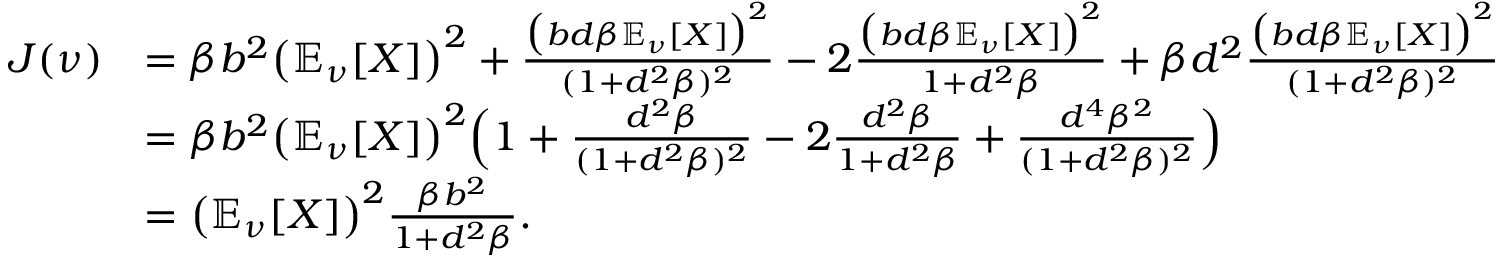
\begin{array} { r l } { J ( \nu ) } & { = \beta b ^ { 2 } \big ( \mathbb { E } _ { \nu } [ X ] \big ) ^ { 2 } + \frac { \big ( b d \beta \mathbb { E } _ { \nu } [ X ] \big ) ^ { 2 } } { ( 1 + d ^ { 2 } \beta ) ^ { 2 } } - 2 \frac { \big ( b d \beta \mathbb { E } _ { \nu } [ X ] \big ) ^ { 2 } } { 1 + d ^ { 2 } \beta } + \beta d ^ { 2 } \frac { \big ( b d \beta \mathbb { E } _ { \nu } [ X ] \big ) ^ { 2 } } { ( 1 + d ^ { 2 } \beta ) ^ { 2 } } } \\ & { = \beta b ^ { 2 } \big ( \mathbb { E } _ { \nu } [ X ] \big ) ^ { 2 } \Big ( 1 + \frac { d ^ { 2 } \beta } { ( 1 + d ^ { 2 } \beta ) ^ { 2 } } - 2 \frac { d ^ { 2 } \beta } { 1 + d ^ { 2 } \beta } + \frac { d ^ { 4 } \beta ^ { 2 } } { ( 1 + d ^ { 2 } \beta ) ^ { 2 } } \Big ) } \\ & { = \big ( \mathbb { E } _ { \nu } [ X ] \big ) ^ { 2 } \frac { \beta b ^ { 2 } } { 1 + d ^ { 2 } \beta } . } \end{array}